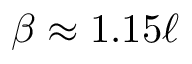
\beta \approx 1 . 1 5 \ell